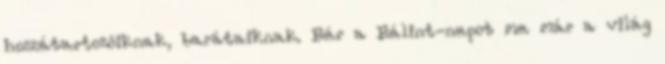
hozzátartozóiknak, barátaiknak. Bár a Bálint-napot ma már a világ